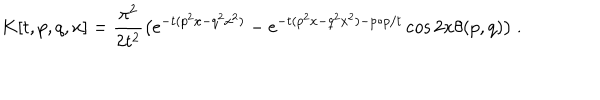
LaTeX: K [ t , p , q , x ] = \frac { \pi ^ { 2 } } { 2 t ^ { 2 } } \big ( \mathrm { e } ^ { - t ( p ^ { 2 } x - q ^ { 2 } x ^ { 2 } ) } - \mathrm { e } ^ { - t ( p ^ { 2 } x - q ^ { 2 } x ^ { 2 } ) - p \circ p / t } \cos 2 x \theta ( p , q ) \big ) ~ .